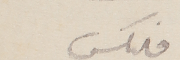
فليكس